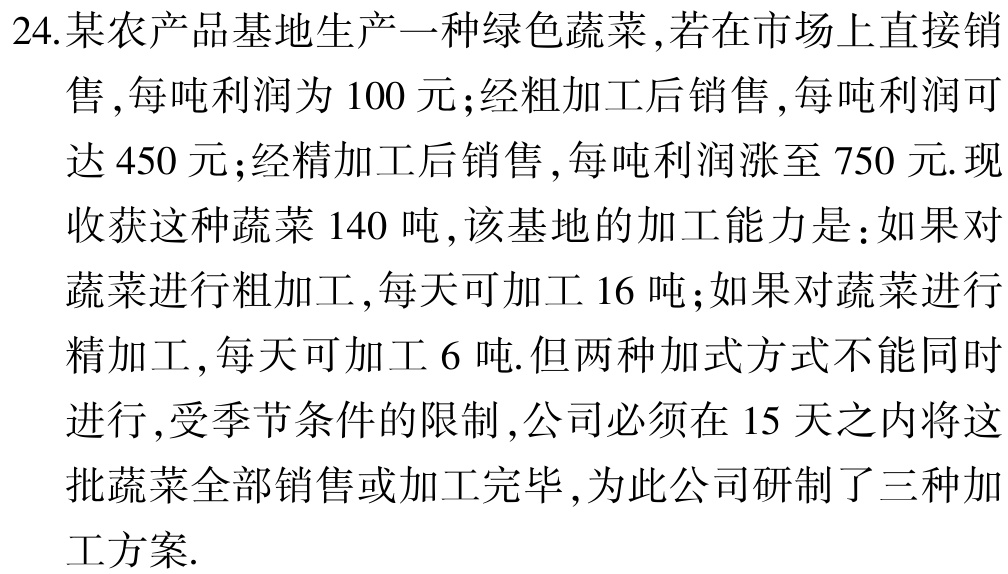
24.某农产品基地生产一种绿色蔬菜,若在市场上直接销售,每吨利润为100元;经粗加工后销售,每吨利润可达450元;经精加工后销售,每吨利润涨至750元.现收获这种蔬菜140吨,该基地的加工能力是:如果对蔬菜进行粗加工,每天可加工16吨;如果对蔬菜进行精加工,每天可加工6吨.但两种加式方式不能同时进行,受季节条件的限制,公司必须在15天之内将这批蔬菜全部销售或加工完毕,为此公司研制了三种加工方案.